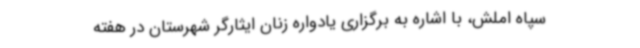
سپاه املش، با اشاره به برگزاری یادواره زنان ایثارگر شهرستان در هفته